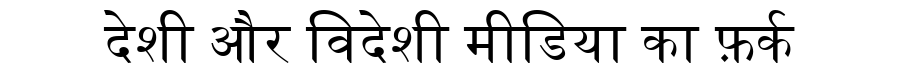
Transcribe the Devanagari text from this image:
देशी और विदेशी मीडिया का फ़र्क